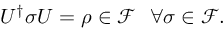
\begin{array} { r } { U ^ { \dagger } \sigma U = \rho \in \mathcal { F } ~ ~ \forall \sigma \in \mathcal { F } . } \end{array}